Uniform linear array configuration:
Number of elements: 64
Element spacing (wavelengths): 0.75
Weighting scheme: cosine
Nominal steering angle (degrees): -30
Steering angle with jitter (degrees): -28.145
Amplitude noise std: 0.05
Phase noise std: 0.05

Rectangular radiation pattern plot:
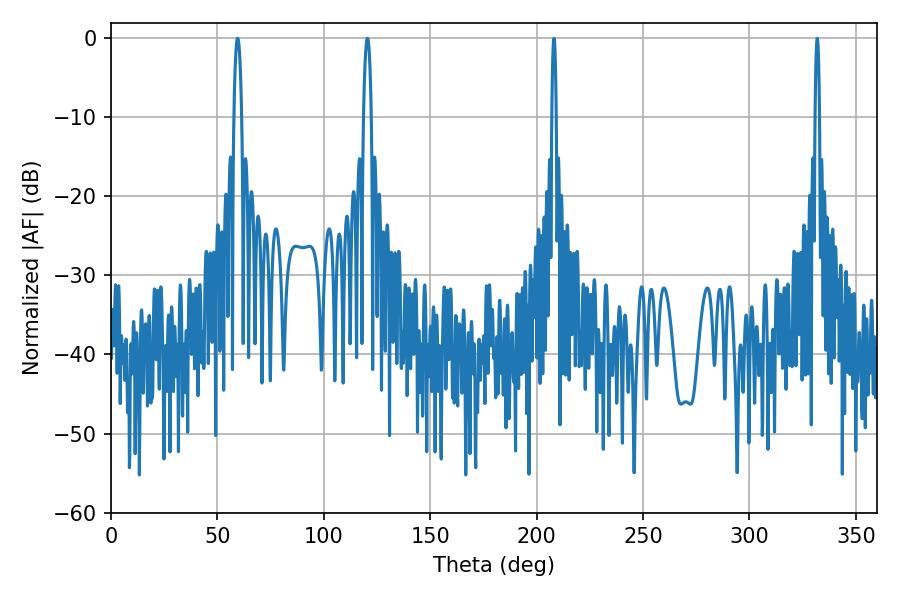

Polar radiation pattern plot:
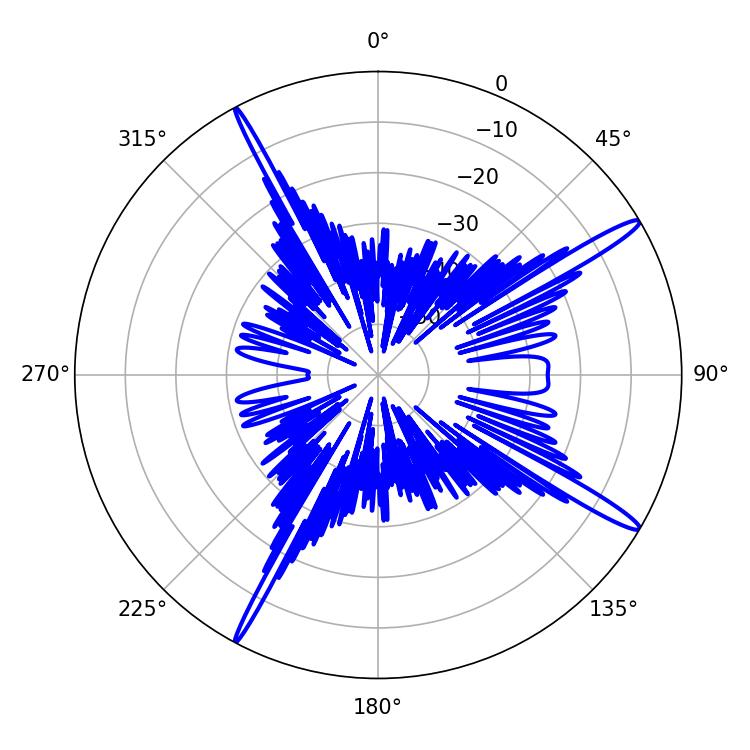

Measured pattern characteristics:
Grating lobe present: TRUE
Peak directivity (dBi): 16.073
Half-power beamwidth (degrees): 1.98
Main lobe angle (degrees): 120.42